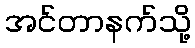
အင်တာနက်သို့